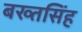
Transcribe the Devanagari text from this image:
बख्तसिंह